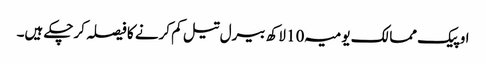
اوپیک ممالک یومیہ 10 لاکھ بیرل تیل کم کرنے کا فیصلہ کرچکے ہیں۔